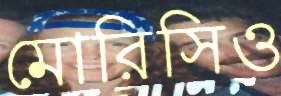
মোরিসিও